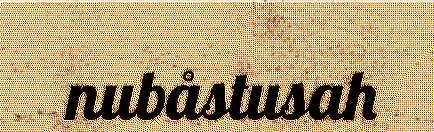
nubåstusah